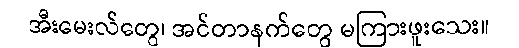
အီးမေးလ်တွေ၊ အင်တာနက်တွေ မကြားဖူးသေး။